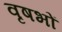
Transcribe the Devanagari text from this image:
वृषभों